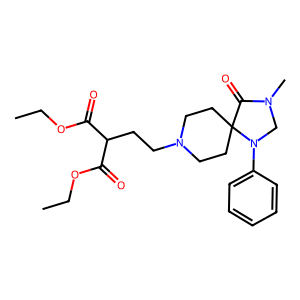
SMILES: CCOC(=O)C(CCN1CCC2(CC1)C(=O)N(C)CN2c1ccccc1)C(=O)OCC
Inhibits HIV replication: No